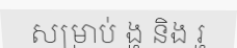
សម្រាប់ ង្ហ និង រ្ហ